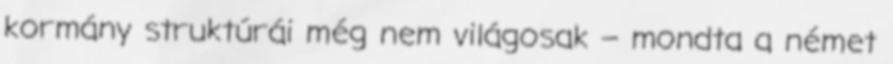
kormány struktúrái még nem világosak – mondta a német